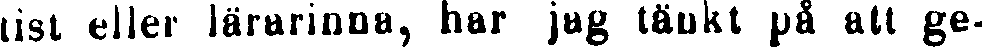
tist eller lärarinna, har jag tänkt på att ge-